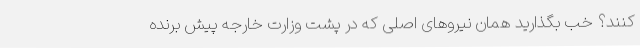
کنند؟ خب بگذارید همان نیرو‌های اصلی که در پشت وزارت خارجه پیش برنده